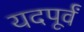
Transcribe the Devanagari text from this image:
यदपूर्वं